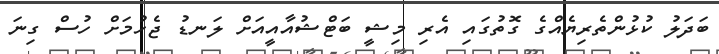
ބަދަލު ކުޅުންތެރިޔެއްގެ ގޮތުގައި އެރި މިޝީ ބަޓްޝުއާއީއަށް ލަނޑު ޖެހުމަށް ހުސް ގިނަ